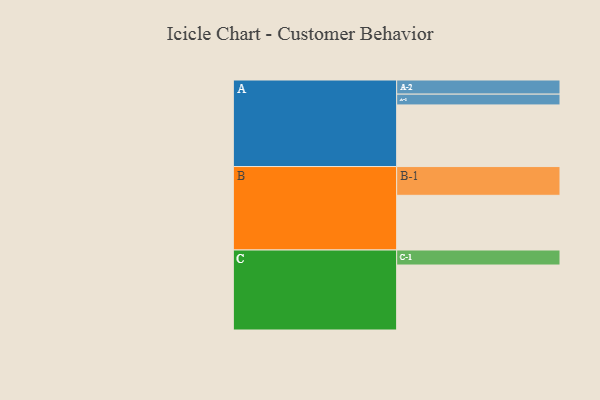
{"axis": {"x": "Segment", "y": "Value"}, "legend": ["", "A", "B", "C"], "data": [{"x": "A", "y": 497, "type": ""}, {"x": "B", "y": 441, "type": ""}, {"x": "C", "y": 524, "type": ""}, {"x": "A-1", "y": 87, "type": "A"}, {"x": "A-2", "y": 114, "type": "A"}, {"x": "B-1", "y": 232, "type": "B"}, {"x": "C-1", "y": 121, "type": "C"}]}